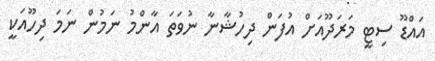
އައްޑޫ ސިޓީ މަރަދޫއަށް އުފަން ދިހުޝާނާ ނުވަތަ އާންމު ނަމުން ނަމަ ދިހޫއަކީ